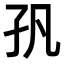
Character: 𭒺